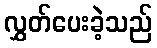
လွှတ်ပေးခဲ့သည်